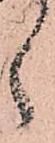
候